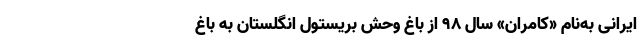
ایرانی به‌نام «کامران» سال ۹۸ از باغ وحش بریستول انگلستان به باغ‌